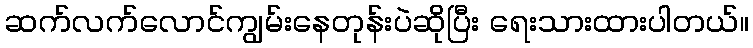
ဆက်လက်လောင်ကျွမ်းနေတုန်းပဲဆိုပြီး ရေးသားထားပါတယ်။